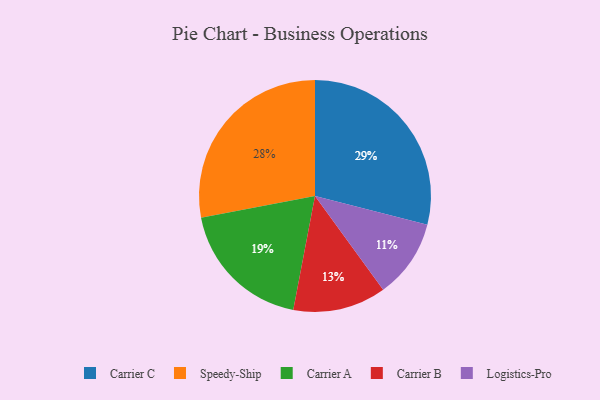
{"axis": {"x": "Category", "y": "Percentage"}, "legend": ["Carrier A", "Carrier B", "Carrier C", "Logistics-Pro", "Speedy-Ship"], "data": [{"x": "Carrier C", "y": 29, "type": "Carrier C"}, {"x": "Logistics-Pro", "y": 11, "type": "Logistics-Pro"}, {"x": "Carrier A", "y": 19, "type": "Carrier A"}, {"x": "Speedy-Ship", "y": 28, "type": "Speedy-Ship"}, {"x": "Carrier B", "y": 13, "type": "Carrier B"}]}